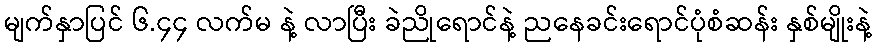
မျက်နှာပြင် ၆.၄၄ လက်မ နဲ့ လာပြီး ခဲညိုရောင်နဲ့ ညနေခင်းရောင်ပုံစံဆန်း နှစ်မျိုးနဲ့